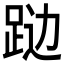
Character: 𲃦